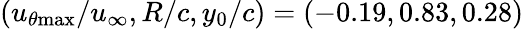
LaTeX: (u_{\theta\mathrm{{max}}}/u_{\infty},R/c,y_{0}/c)=(-0.19,0.83,0.28)